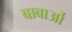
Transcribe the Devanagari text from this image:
बाबाओं